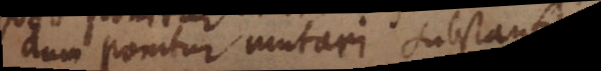
dum ponitur mutari substant